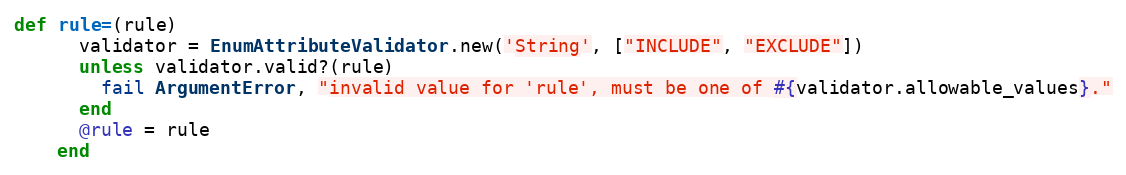
Language: Ruby
def rule=(rule)
      validator = EnumAttributeValidator.new('String', ["INCLUDE", "EXCLUDE"])
      unless validator.valid?(rule)
        fail ArgumentError, "invalid value for 'rule', must be one of #{validator.allowable_values}."
      end
      @rule = rule
    end